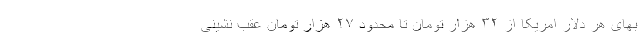
بهای هر دلار امریکا از ۳۲ هزار تومان تا محدود ۲۷ هزار تومان عقب نشینی